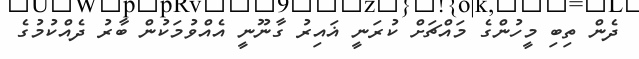
ދެން ތިބި މީހުންގެ މައްޗަށް ކުރަނީ ޣައިރު ގާނޫނީ އެއްވުމަކުން ބާރު ދެއްކުމުގެ